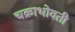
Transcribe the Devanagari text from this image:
चक्राभोवती